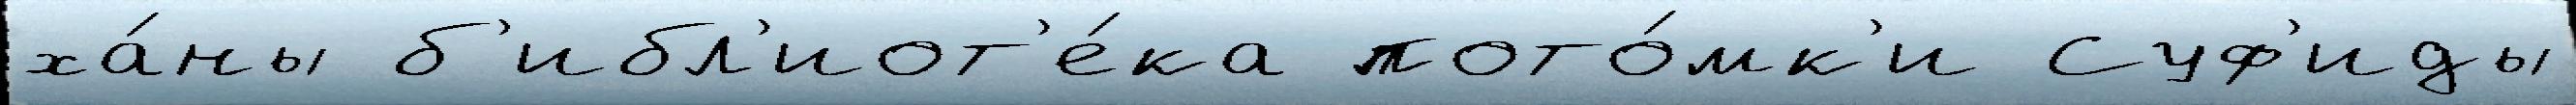
ха́ны б'ибл'иот'е́ка пото́мк'и Суф'иды